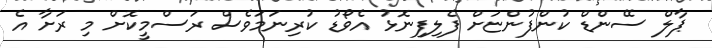
ޕާލް ސޭންޑް ކުންފުންޏަށް ފެލިފިނޮޅު އެވޯޑު ކުރިނަމަވެސް ރަސްމީކޮށް މި ރަށާ އެ